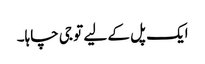
ایک پل کے لیے تو جی چاہا۔